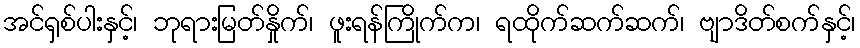
အင်ရှစ်ပါးနှင့်၊ ဘုရားမြတ်နှိုက်၊ ဖူးရန်ကြိုက်က၊ ရထိုက်ဆက်ဆက်၊ ဗျာဒိတ်စက်နှင့်၊